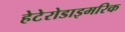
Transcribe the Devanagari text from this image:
हेटेरोडाइमरिक